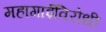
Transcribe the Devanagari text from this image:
महागाईविरोधी